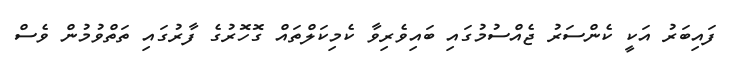
ފައިބަރު އަކީ ކެންސަރު ޖެއްސުމުގައި ބައިވެރިވާ ކެމިކަލްތައް ގޮހޮރުގެ ފާރުގައި ތަތްވުމުން ވެސް